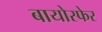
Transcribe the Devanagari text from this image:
बायोस्फेर